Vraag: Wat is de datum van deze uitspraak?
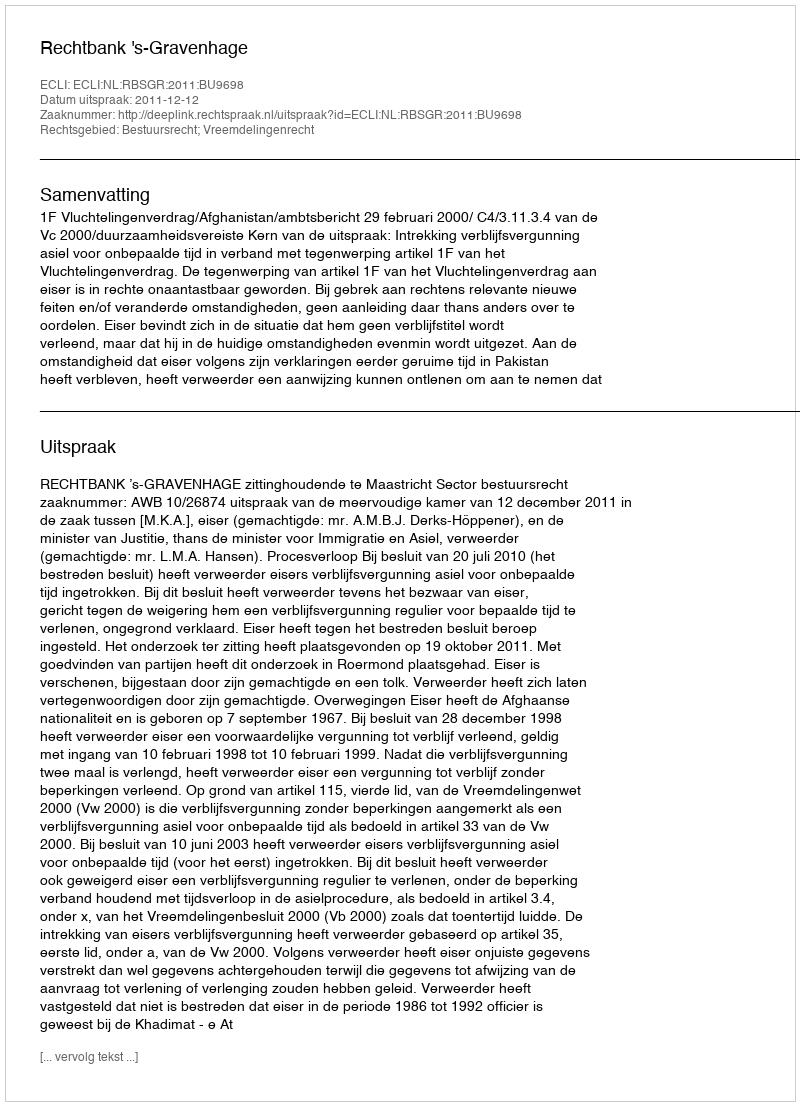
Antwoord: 2011-12-12